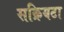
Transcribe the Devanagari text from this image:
सक्रियटा